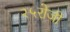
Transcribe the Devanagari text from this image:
२५रोजी